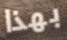
بهذا